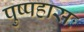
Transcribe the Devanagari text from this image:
पुष्पहासः